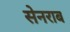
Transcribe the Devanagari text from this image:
सेनराब